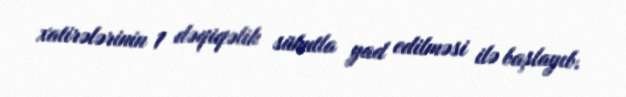
xatirələrinin 1 dəqiqəlik sükutla yad edilməsi ilə başlayıb.